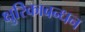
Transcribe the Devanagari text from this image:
क्षुरिकाबन्धन